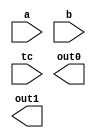
////////////////////////////////////////////////////////////////////////////////
//
//       This confidential and proprietary software may be used only
//     as authorized by a licensing agreement from Synopsys Inc.
//     In the event of publication, the following notice is applicable:
//
//                    (C) COPYRIGHT 1998  - 2016 SYNOPSYS INC.
//                           ALL RIGHTS RESERVED
//
//       The entire notice above must be reproduced on all authorized
//     copies.
//
//
// VERSION:   Verilog Simulation Model for DW02_multp
//
// DesignWare_version: 593b2d2a
// DesignWare_release: K-2015.06-DWBB_201506.5.2
//
////////////////////////////////////////////////////////////////////////////////

//-----------------------------------------------------------------------------
//
// ABSTRACT:  Multiplier, parital products
//
//    **** >>>>  NOTE:	This model is architecturally different
//			from the 'wall' implementation of DW02_multp
//			but will generate exactly the same result
//			once the two partial product outputs are
//			added together
//
// MODIFIED:
//
//		RJK  2/22/12  Corrected missed conversion of macro to localparam
//				for non-VCS model (STAR 9000522698)
//
//              Aamir Farooqui 7/11/02
//              Corrected parameter simplied sim model, checking, and X_processing 
//
//------------------------------------------------------------------------------

`ifdef VCS
`include "vcs/DW02_multp.v"
`else

module DW02_multp( a, b, tc, out0, out1 );


// parameters
parameter a_width = 8;
parameter b_width = 8;
parameter out_width = 18;
parameter verif_en = 1;


//-----------------------------------------------------------------------------
// ports
input [a_width-1 : 0]	a;
input [b_width-1 : 0]	b;
input			tc;
output [out_width-1:0]	out0, out1;


//-----------------------------------------------------------------------------
// synopsys translate_off

//-----------------------------------------------------------------------------

  
 
  initial begin : parameter_check
    integer param_err_flg;

    param_err_flg = 0;
    
    
    if (a_width < 1) begin
      param_err_flg = 1;
      $display(
	"ERROR: %m :\n  Invalid value (%d) for parameter a_width (lower bound: 1)",
	a_width );
    end
    
    if (b_width < 1) begin
      param_err_flg = 1;
      $display(
	"ERROR: %m :\n  Invalid value (%d) for parameter b_width (lower bound: 1)",
	b_width );
    end
    
    if (out_width < (a_width+b_width+2)) begin
      param_err_flg = 1;
      $display(
	"ERROR: %m :\n  Invalid value (%d) for parameter out_width (lower bound: (a_width+b_width+2))",
	out_width );
    end
    
    if ( (verif_en < 0) || (verif_en > 3) ) begin
      param_err_flg = 1;
      $display(
	"ERROR: %m :\n  Invalid value (%d) for parameter verif_en (legal range: 0 to 3)",
	verif_en );
    end
  
    if ( param_err_flg == 1) begin
      $display(
        "%m :\n  Simulation aborted due to invalid parameter value(s)");
      $finish;
    end

  end // parameter_check 


   initial begin : verif_en_warning
     $display("The parameter verif_en is set to 0 for this simulator.\nOther values for verif_en are enabled only for VCS.");
   end // verif_en_warning

//-----------------------------------------------------------------------------


localparam npp  = ((a_width/2) + 2);
localparam xdim = (a_width+b_width+1);
localparam bsxt = (a_width+1);

//-----------------------------------------------------------------------------
reg   [xdim-1 : 0]  pp_array [0 : npp-1];
reg   [xdim-1 : 0]	tmp_OUT0, tmp_OUT1;
wire  [a_width+2 : 0]	a_padded;
wire  [xdim-1 : 0]	b_padded;
wire  [xdim-b_width-1 : 0]	temp_padded;
wire  			a_sign, b_sign, out_sign;
wire  [out_width-1:0]   out0_fixed_cs, out1_fixed_cs;
wire  signed [a_width : 0]      a_signed;
wire  signed [b_width : 0]      b_signed;
wire  signed [out_width-1:0] product;
//-----------------------------------------------------------------------------

  assign a_sign = tc & a[a_width-1];
  assign b_sign = tc & b[b_width-1];
  assign a_padded = {a_sign, a_sign, a, 1'b0};
  assign temp_padded = {bsxt{b_sign}};
  assign b_padded = {temp_padded, b};

  always @ (a_padded or b_padded)
  begin : mk_pp_array
    reg [xdim-1 : 0] temp_pp_array [0 : npp-1];
    reg [xdim-1 : 0] next_pp_array [0 : npp-1];
    reg [xdim+3 : 0] temp_pp;
    reg [xdim-1 : 0] new_pp;
    reg [xdim-1 : 0] tmp_pp_carry;
    reg [a_width+2 : 0] temp_a_padded;
    reg [2 : 0] temp_bitgroup;
    integer bit_pair, pp_count, i;

    temp_pp_array[0] = {xdim{1'b0}};

    for (bit_pair=0 ; bit_pair < npp-1 ; bit_pair = bit_pair+1)
    begin
      temp_a_padded = (a_padded >> (bit_pair*2));
      temp_bitgroup = temp_a_padded[2 : 0];

      case (temp_bitgroup)
        3'b000, 3'b111 :
          temp_pp = {xdim{1'b0}};
        3'b001, 3'b010 :
          temp_pp = b_padded;
        3'b011 :
          temp_pp = b_padded << 1;
        3'b100 :
          temp_pp = (~(b_padded << 1) + 1);
        3'b101, 3'b110 :
          temp_pp =  ~b_padded + 1;
        default : temp_pp = {xdim{1'b0}};
      endcase

      temp_pp = temp_pp << (2 * bit_pair);
      new_pp = temp_pp[xdim-1 : 0];
      temp_pp_array[bit_pair+1] = new_pp;
    end
    pp_count = npp;

    while (pp_count > 2)
    begin
      for (i=0 ; i < (pp_count/3) ; i = i+1)
      begin
        next_pp_array[i*2] = temp_pp_array[i*3] ^ temp_pp_array[i*3+1] ^ temp_pp_array[i*3+2];

        tmp_pp_carry = (temp_pp_array[i*3] & temp_pp_array[i*3+1]) |
                       (temp_pp_array[i*3+1] & temp_pp_array[i*3+2]) |
                       (temp_pp_array[i*3] & temp_pp_array[i*3+2]);

        next_pp_array[i*2+1] = tmp_pp_carry << 1;
      end

      if ((pp_count % 3) > 0)
      begin
        for (i=0 ; i < (pp_count % 3) ; i = i + 1)
        next_pp_array[2 * (pp_count/3) + i] = temp_pp_array[3 * (pp_count/3) + i];
      end

      for (i=0 ; i < npp ; i = i + 1) 
        temp_pp_array[i] = next_pp_array[i];

      pp_count = pp_count - (pp_count/3);
    end

    tmp_OUT0 = temp_pp_array[0];

    if (pp_count > 1)
      tmp_OUT1 = temp_pp_array[1];
    else
      tmp_OUT1 = {xdim{1'b0}};
  end // mk_pp_array


  assign out_sign = tmp_OUT0[xdim-1] | tmp_OUT1[xdim-1];
  assign out0 = ((^(a ^ a) !== 1'b0) | (^(b ^ b) !== 1'b0) | (^(tc ^ tc) !== 1'b0)) ? {out_width{1'bx}} 
                : {{out_width-xdim{1'b0}}, tmp_OUT0};
  assign out1 = ((^(a ^ a) !== 1'b0) | (^(b ^ b) !== 1'b0) | (^(tc ^ tc) !== 1'b0)) ? {out_width{1'bx}} 
                : {{out_width-xdim{out_sign}}, tmp_OUT1};

// synopsys translate_on

endmodule
`endif